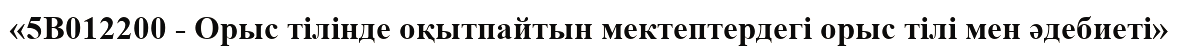
«5В012200 - Орыс тілінде оқытпайтын мектептердегі орыс тілі мен әдебиеті»